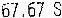
67.67 S